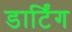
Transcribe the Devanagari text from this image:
डार्टिंग